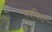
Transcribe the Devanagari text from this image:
पदविर्त